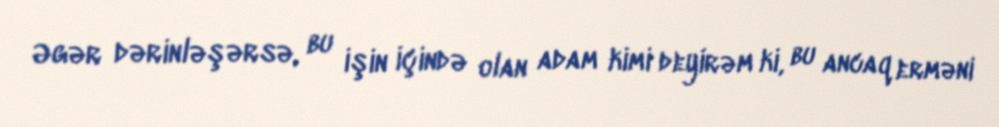
Əgər dərinləşərsə, bu işin içində olan adam kimi deyirəm ki, bu ancaq erməni